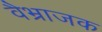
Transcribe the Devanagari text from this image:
वैभ्राजक